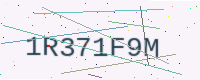
Text: 1R371F9M